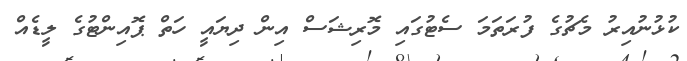
ކުޅުނުއިރު މެޗުގެ ފުރަތަމަ ސެޓުގައި މޮރިޝަސް އިން ދިޔައީ ހަތް ޕޮއިންޓުގެ ލީޑެއް